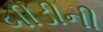
બીડીની